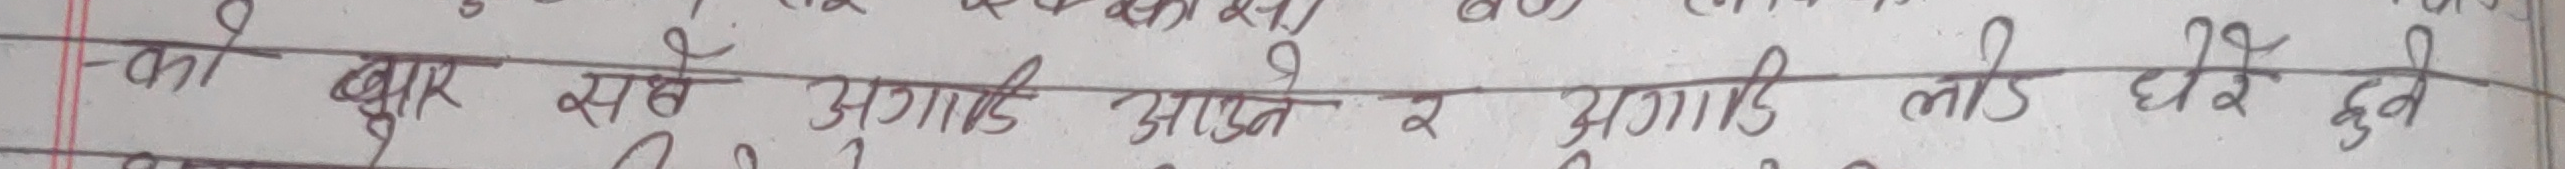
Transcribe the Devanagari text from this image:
-का बुहार येख अगाडि अफुन व अगाडि लाठी घेरे हुने